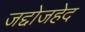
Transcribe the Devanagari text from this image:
जद्दोजहेद